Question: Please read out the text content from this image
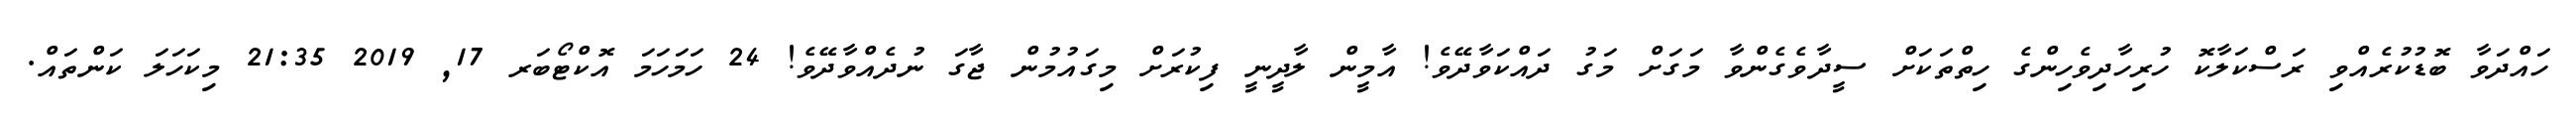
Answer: ހައްދަވާ ބޮޑުކުރެއްވި ރަސްކަލާކޮ ހުރިހާދިވެހިންގެ ހިތްތަކަށް ސީދާވެގެންވާ މަގަށް މަގު ދައްކަވާދޭވެ! އާމީން ލާދީނީ ފިކުރަށް މިގައުމުން ޖާގަ ނުދެއްވާދޭވެ! 24 ހަމަހަމަ އޮކްޓޯބަރ 17, 2019 21:35 މިކަހަލަ ކަންތައް.